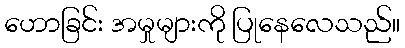
ဟောခြင်း အမှုများကို ပြုနေလေသည်။